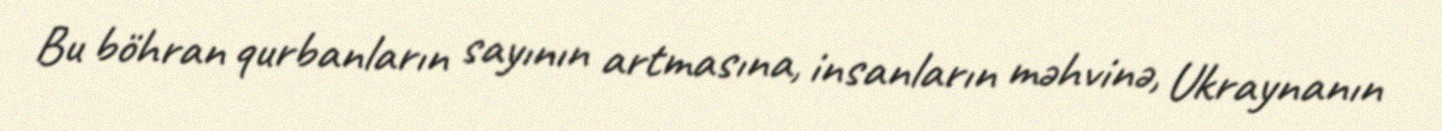
Bu böhran qurbanların sayının artmasına, insanların məhvinə, Ukraynanın